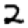
Digit: 2